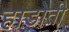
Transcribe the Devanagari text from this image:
हाडोती